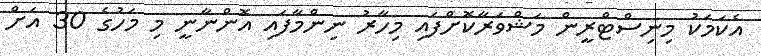
އެކަމަކު މިނިސްޓްރީން މަޝްވަރާކޮށްފައި މިހާރު ނިންމާފައި އޮންނާނީ މި މަހުގެ 30 އަށް